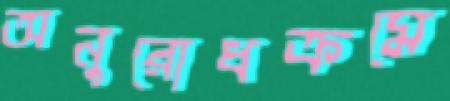
অনুরোধক্রমে